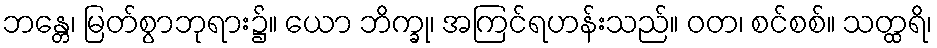
ဘန္တေ၊ မြတ်စွာဘုရား၌။ ယော ဘိက္ခု၊ အကြင်ရဟန်းသည်။ ဝတ၊ စင်စစ်။ သတ္ထရိ၊